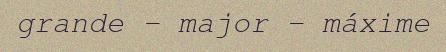
grande – major – máxime